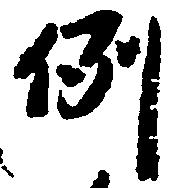
例